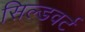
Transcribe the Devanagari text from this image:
सिल्डवर्ट